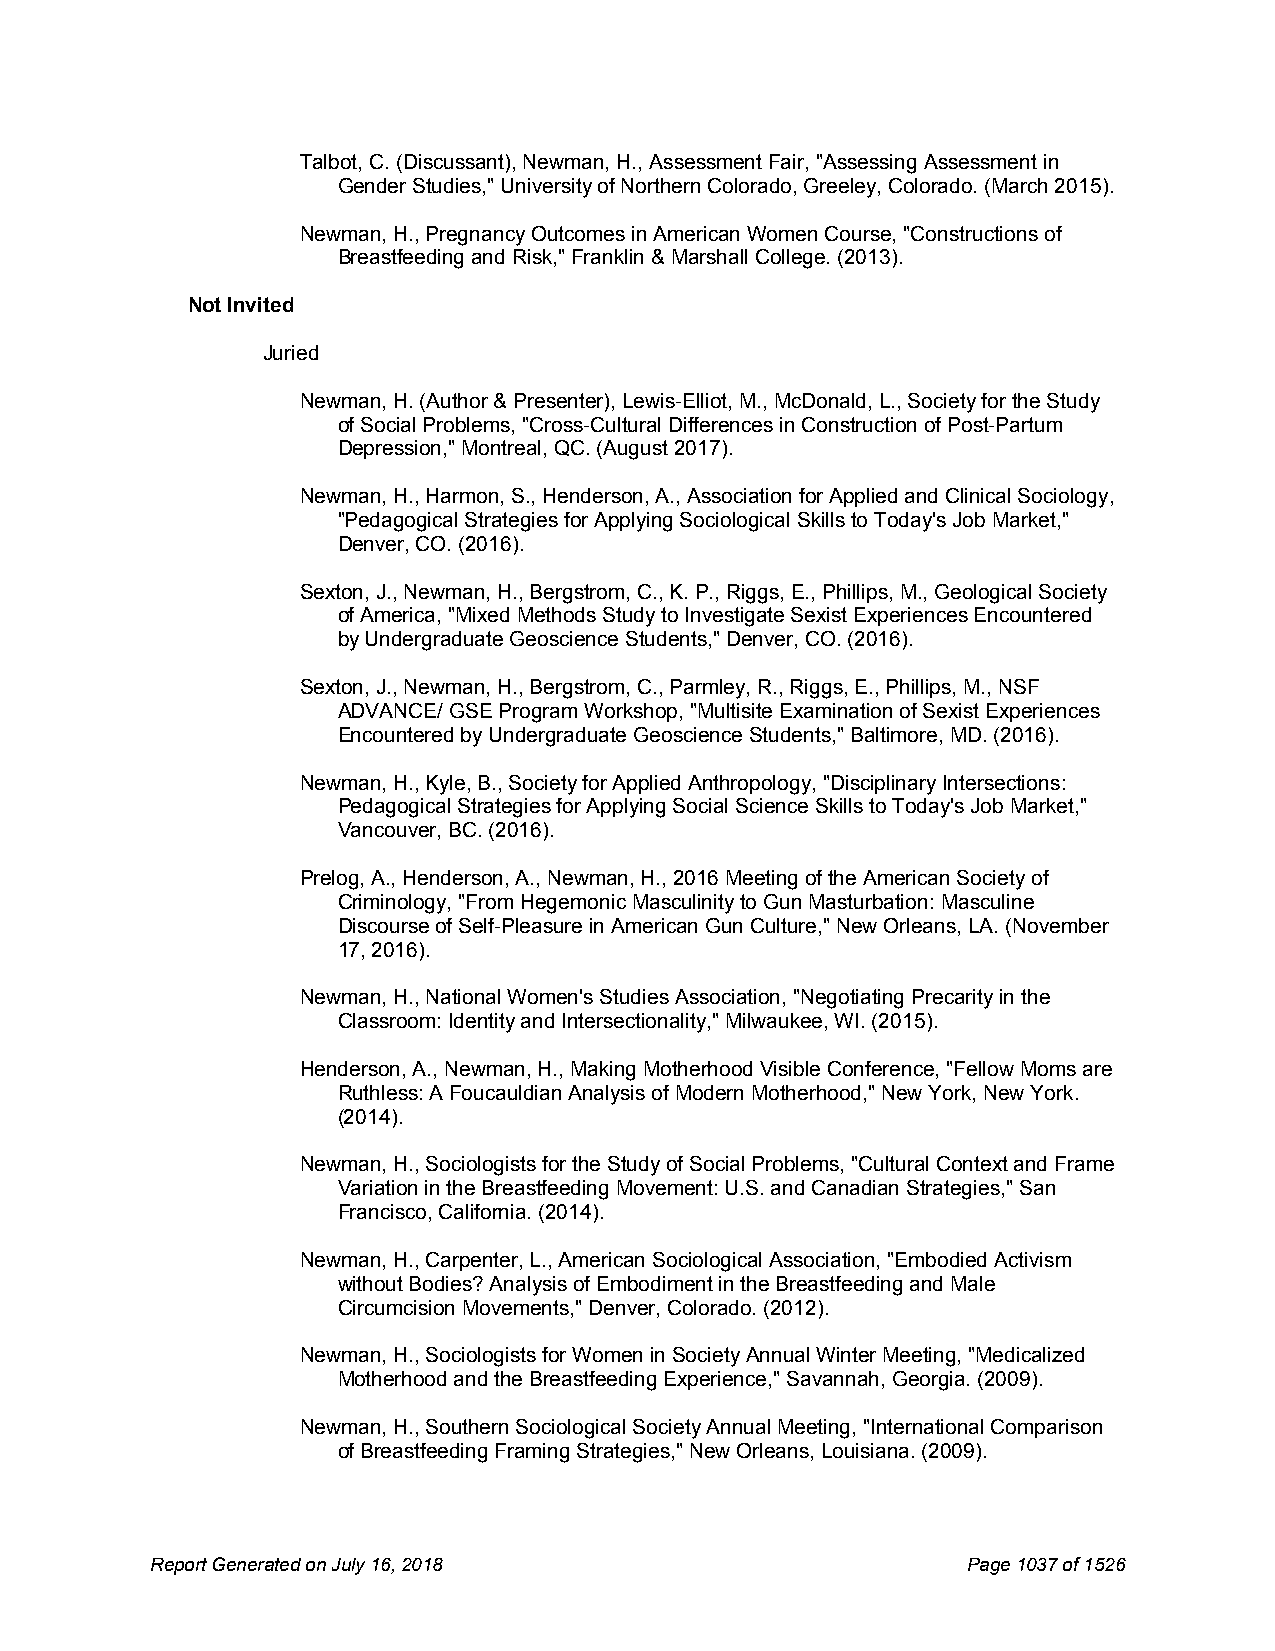
Talbot, C. (Discussant), Newman, H., Assessment Fair, "Assessing Assessment in
 Gender Studies," University of Northern Colorado, Greeley, Colorado. (March 2015).
 Newman, H., Pregnancy Outcomes in American Women Course, "Constructions of
 Breastfeeding and Risk," Franklin & Marshall College. (2013).
 Not Invited
 Juried
 Newman, H. (Author & Presenter), Lewis-Elliot, M., McDonald, L., Society for the Study
 of Social Problems, "Cross-Cultural Differences in Construction of Post-Partum
 Depression," Montreal, QC. (August 2017).
 Newman, H., Harmon, S., Henderson, A., Association for Applied and Clinical Sociology,
 "Pedagogical Strategies for Applying Sociological Skills to Today's Job Market,"
 Denver, CO. (2016).
 Sexton, J., Newman, H., Bergstrom, C., K. P., Riggs, E., Phillips, M., Geological Society
 of America, "Mixed Methods Study to Investigate Sexist Experiences Encountered
 by Undergraduate Geoscience Students," Denver, CO. (2016).
 Sexton, J., Newman, H., Bergstrom, C., Parmley, R., Riggs, E., Phillips, M., NSF
 ADVANCE/ GSE Program Workshop, "Multisite Examination of Sexist Experiences
 Encountered by Undergraduate Geoscience Students," Baltimore, MD. (2016).
 Newman, H., Kyle, B., Society for Applied Anthropology, "Disciplinary Intersections:
 Pedagogical Strategies for Applying Social Science Skills to Today's Job Market,"
 Vancouver, BC. (2016).
 Prelog, A., Henderson, A., Newman, H., 2016 Meeting of the American Society of
 Criminology, "From Hegemonic Masculinity to Gun Masturbation: Masculine
 Discourse of Self-Pleasure in American Gun Culture," New Orleans, LA. (November
 17, 2016).
 Newman, H., National Women's Studies Association, "Negotiating Precarity in the
 Classroom: Identity and Intersectionality," Milwaukee, WI. (2015).
 Henderson, A., Newman, H., Making Motherhood Visible Conference, "Fellow Moms are
 Ruthless: A Foucauldian Analysis of Modern Motherhood," New York, New York.
 (2014).
 Newman, H., Sociologists for the Study of Social Problems, "Cultural Context and Frame
 Variation in the Breastfeeding Movement: U.S. and Canadian Strategies," San
 Francisco, California. (2014).
 Newman, H., Carpenter, L., American Sociological Association, "Embodied Activism
 without Bodies? Analysis of Embodiment in the Breastfeeding and Male
 Circumcision Movements," Denver, Colorado. (2012).
 Newman, H., Sociologists for Women in Society Annual Winter Meeting, "Medicalized
 Motherhood and the Breastfeeding Experience," Savannah, Georgia. (2009).
 Newman, H., Southern Sociological Society Annual Meeting, "International Comparison
 of Breastfeeding Framing Strategies," New Orleans, Louisiana. (2009).
 Report Generated on July 16, 2018                     Page1037 of1526